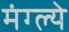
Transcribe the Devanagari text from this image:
मंग्ल्ये